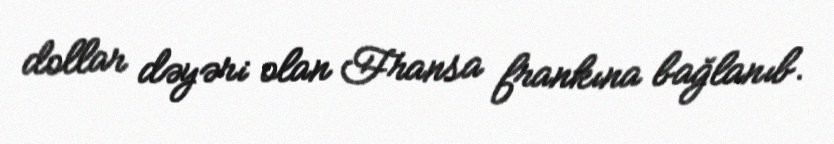
dollar dəyəri olan Fransa frankına bağlanıb.